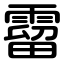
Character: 霤